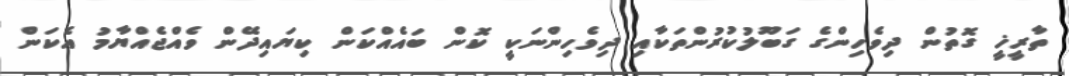
ތާރީޚީ ގޮތުން ދިވެހިންގެ ގަބޫލުކުރުންތަކާއި ދިވެހިންނަކީ ކޮން ބައެއްކަން ކިޔައިދޭން ވެއްޖެއްޔާމު އެކަން